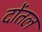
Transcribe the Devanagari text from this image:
दोंतल